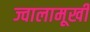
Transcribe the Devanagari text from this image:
ज्वालामूखी